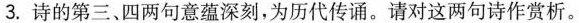
3.诗的第三、四两句意蕴深刻，为历代传诵。请对这两句诗作赏析。